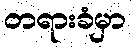
တရားခံမှာ